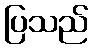
ပြသည်